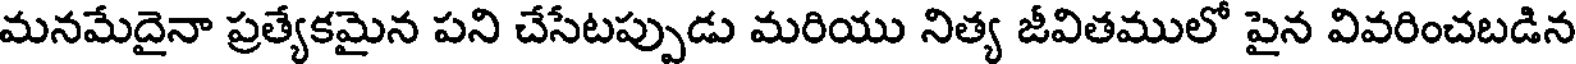
మనమేదైనా ప్రత్యేకమైన పని చేసేటప్పుడు మరియు నిత్య జీవితములో పైన వివరించబడిన